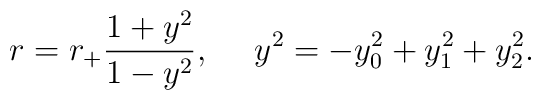
r = r_+ \frac{1+y^2}{1-y^2}, \ \ \ \ y^2 = -y_0^2 +y_1^2 +y_2^2.